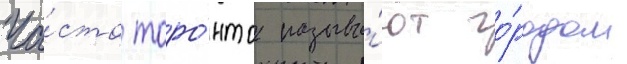
Ча́сто торо́нто называ́ют го́родом